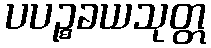
ပပဉ္စခယသုတ္တ